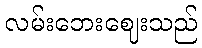
လမ်းဘေးဈေးသည်